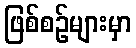
ဖြစ်စဉ်များမှာ